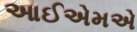
આઈએમએ